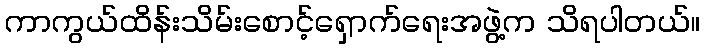
ကာကွယ်ထိန်းသိမ်းစောင့်ရှောက်ရေးအဖွဲ့က သိရပါတယ်။